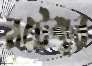
বটেশ্বর